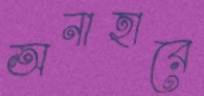
অনাহারে